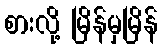
စားလို့ မြိန်မှမြိန်